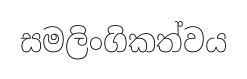
සමලිංගිකත්වය